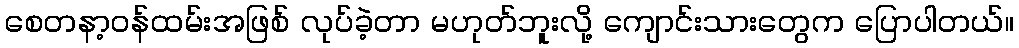
စေတနာ့ဝန်ထမ်းအဖြစ် လုပ်ခဲ့တာ မဟုတ်ဘူးလို့ ကျောင်းသားတွေက ပြောပါတယ်။